Investigations on Bengal jail dietaries - Number 37
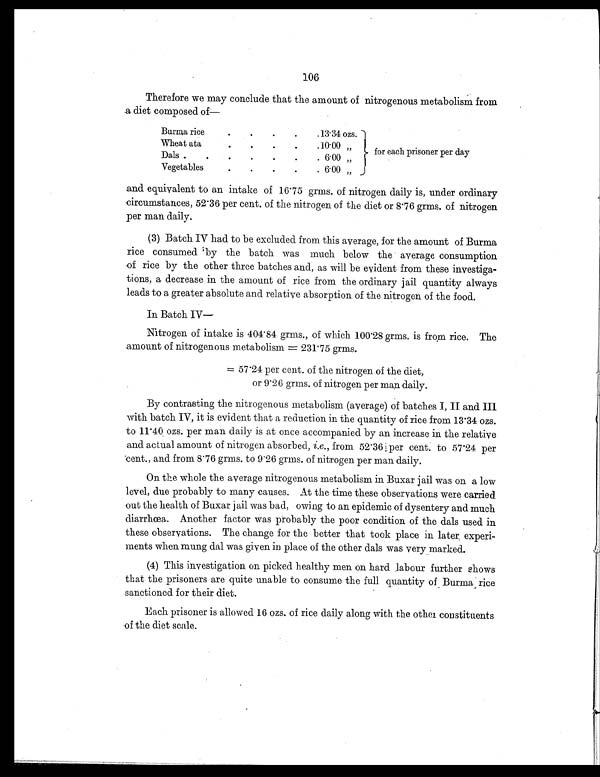
106
Therefore we may conclude that the amount of nitrogenous metabolism from
a diet composed of—
Burma rice
.
.
.
.
. 13.34 ozs.
for each prisoner per day
Wheat ata
.
.
.
.
. 10.00 „
D a l s
.
.
.
.
. 6.00 „
Vegetables
.
.
.
.
. 6. 00 „
and equivalent to an intake of 16.75 grms. of nitrogen daily is, under ordinary
circumstances, 52.36 per cent. of the nitrogen of the diet or 8.76 grms. of nitrogen
per man daily.
(3) Batch IV had to be excluded from this average, for the amount of Burma
rice consumed by the batch was much below the average consumption
of rice by the other three batches and, as will be evident from these investiga-
tions, a decrease in the amount of rice from the ordinary jail quantity always
leads to a greater absolute and relative absorption of the nitrogen of the food.
In Batch IV—
Nitrogen of intake is 404.84 grms., of which 100.28 grms. is from rice. The
amount of nitrogenous metabolism= 231.75 grms.
= 5 7 . 2 4 p e r c e n t .
o f t h e n i t r o g e n o f t h e d i e t ,
or 9.26 grms. of nitrogen per man daily.
By contrasting the nitrogenous metabolism (average) of batches I, II and III
with batch IV, it is evident that a reduction in the quantity of rice from 13.34 ozs.
to 11.40 ozs. per man daily is at once accompanied by an increase in the relative
and actual amount of nitrogen absorbed, i.e ., from 52.36 per cent. to 57.24 per
c e n t . , a n d f r o m 8 . 7 6 g r ms . t o 9 . 2 6 g r ms . o f n i t r o g e n p e r m a n d a i l y .
On the whole the average nitrogenous metabolism in Buxar jail was on a low
level, due probably to many causes. At the time these observations were carried
out the health of Buxar jail was bad, owing to an epidemic of dysentery and much
diarrhœa. Another factor was probably the poor condition of the dals used in
these observations. The change for the better that took place in later experi-
ments when mung dal was given in place of the other dals was very marked.
(4) This investigation on picked healthy men on hard labour further shows
that the prisoners are quite unable to consume the full quantity of Burma rice
sanctioned for their diet.
Each prisoner is allowed 16 ozs. of rice daily along with the other constituents
of the diet scale.